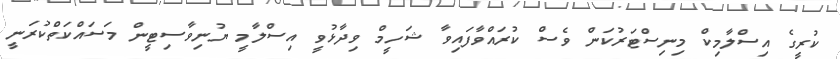
ކުރީގެ އިސްލާމިކް މިނިސްޓަރުކަން ވެސް ކުރައްވާފައިވާ ޝަހީމް ވިދާޅުވީ އިސްލާމީ ޔުނިވާސިޓީން މަސައްކަތްކުރަނީ